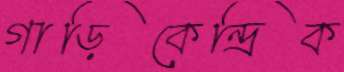
গাড়িকেন্দ্রিক